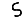
Digit: 5